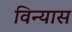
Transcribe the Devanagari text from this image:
विन्‍यास